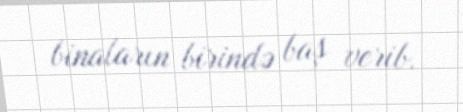
binaların birində baş verib.